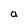
Character: a